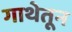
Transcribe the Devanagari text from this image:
गाथेतून